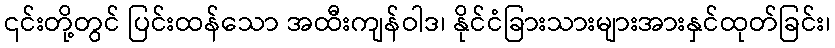
၎င်းတို့တွင် ပြင်းထန်သော အထီးကျန်ဝါဒ၊ နိုင်ငံခြားသားများအားနှင်ထုတ်ခြင်း၊